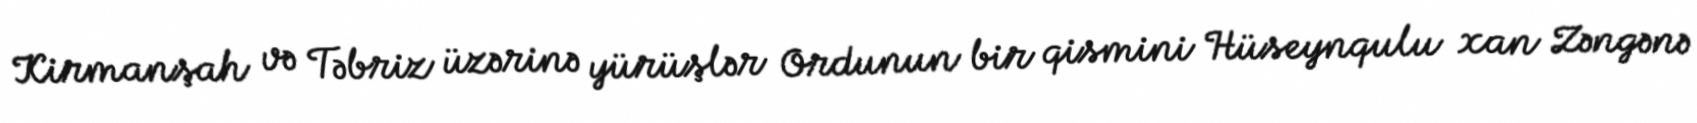
Kirmanşah və Təbriz üzərinə yürüşlər Ordunun bir qismini Hüseynqulu xan Zəngənə